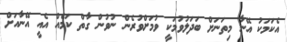
އެކަމަކު އޭނާ މިތަނަށް ބަދަލުވުމަކީ ވުމަށްވުރެން ނުވުން ގާތް ކަމެއް އެއީ އޭނާއަށް